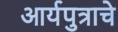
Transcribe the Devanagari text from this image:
आर्यपुत्राचे